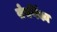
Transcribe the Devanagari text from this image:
सेपर्णिका